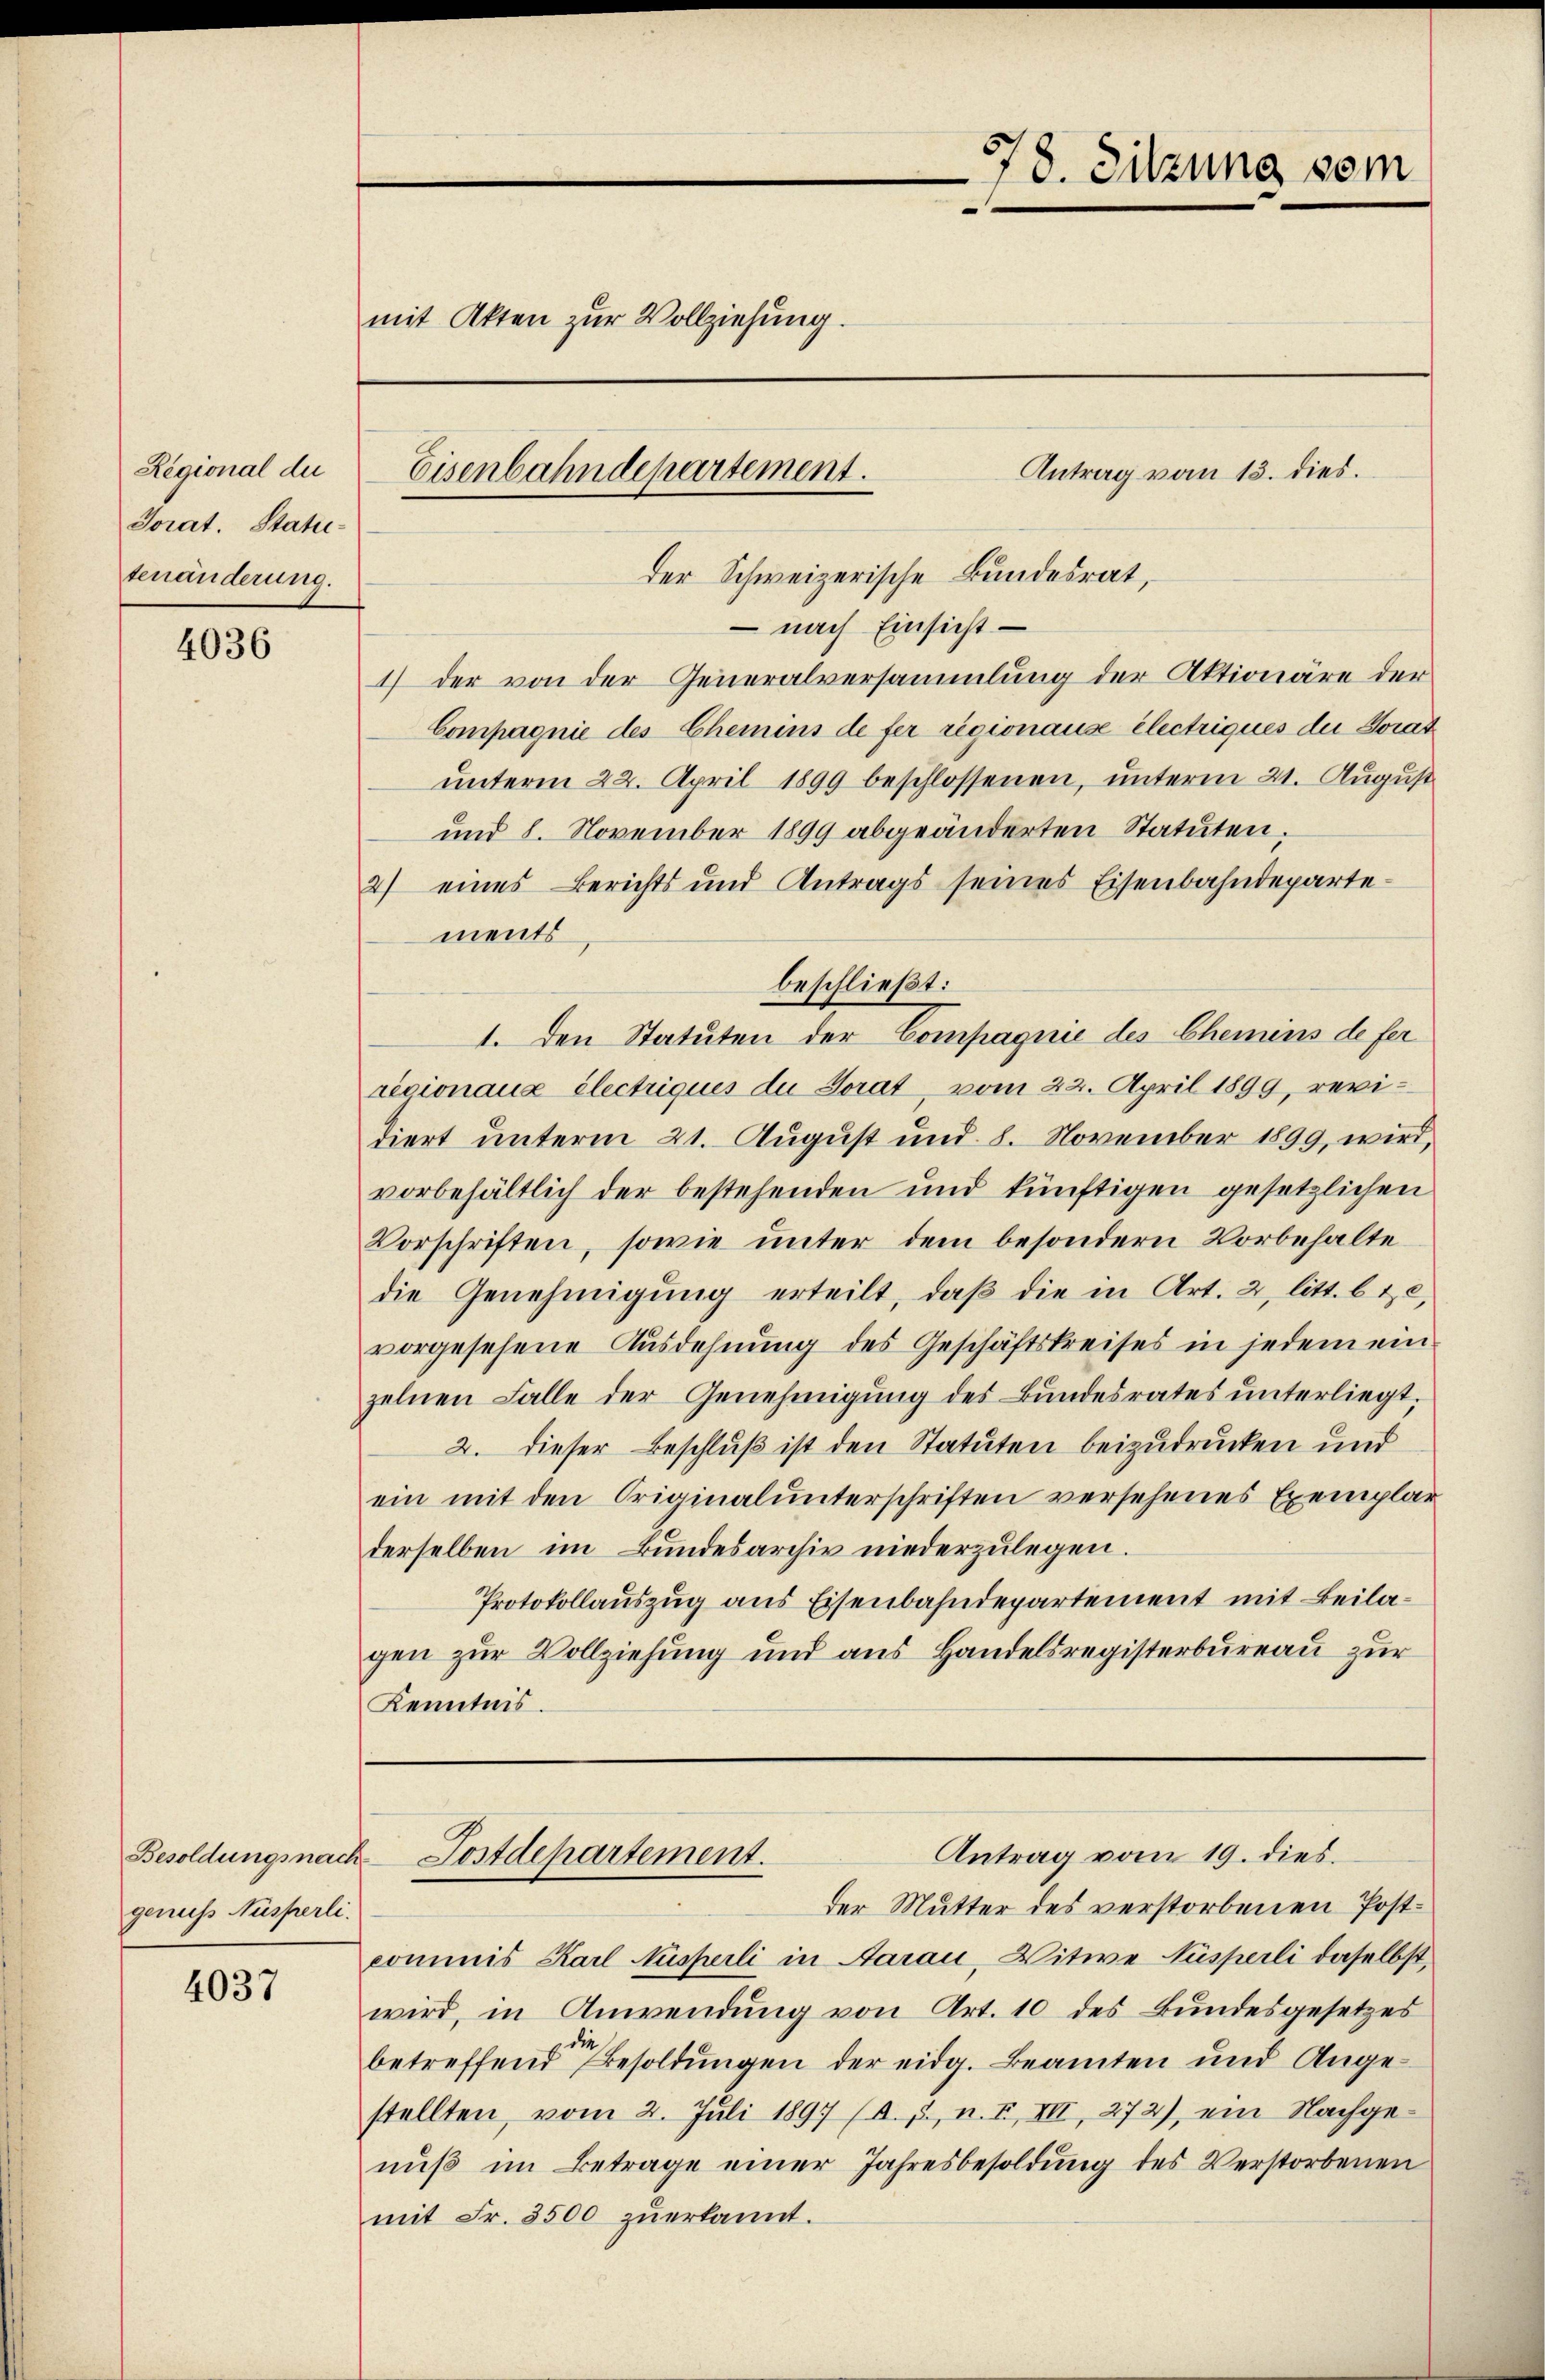
Regional du
Torat. Statutenänderung.

4036

genuss Nüsserli.

4037

Antrag vom 13. dies.
der Schweizerische Bundesrat,
– nach Einsicht
1) der von der Generalversammlung der Aktionäre der
Compagnie des Chemins de fer regionause électriques die Sorat
unterm 22. April 1899 beschlossenen, unterm 21. August
und 8. November 1899 abgeänderten Statuten.
2) eines Berichts und Antrags seines Eisenbahndepartements
beschließt:
1. Den Statuten der Compagnie des Chemins de fer
résionaue électriques du Sorat, vom 22. April 1899, revidiert unterm 21. August und 8. November 1899, wird,
vorbehältlich der bestehenden und künftigen gesetzlichen
Vorschriften, sowie unter dem besondern Vorbehalte
die Genehmigŭng erteilt, daβ die in Art. 2, litt. b 12,
vorgesehene Ausdehnung des Geschäftskreises in jedem ein
zelnen Falle der Genehmigung des Bundesrates unterliegt,
2. dieser Beschluß ist den Statuten beizudrucken und
ein mit den Originalunterschriften versehenes Exemplar
derselben im Bundesarchiv niederzulegen.
Protokollauszug aus Eisenbahndepartement mit Beilagen zur Vollziehung und aus Handelsregisterbureau zur
Kenntnis.

mit Akten zur Vollziehung.

Eisenbahndepartement.

778. Sitzung vom

der Mutter des verstorbenen Postcommis Karl Nüsserli in Aarau, Witwe Susperli daselbst,
wird, in Anwendung von Art. 10 des Bundesgesetzes
betreffend Besoldungen der eidg. Beamten und Angestellten, vom 2. Juli 1897 (A. p., n. F. VII, 272), ein Nachgenuß im Betrage einer Jahresbesoldung des Verstorbenen
mit Fr. 3500 zŭerkannt.

Antrag vom 19. dies.
Besoldungsnach Postdepartement.